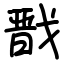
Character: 戬